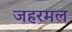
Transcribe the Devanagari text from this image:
जहरमल